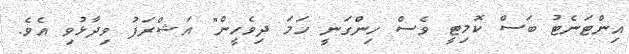
އިންޓަނެޓު ބަސް ކޮމިޓީ ވެސް ހިންގަނީ ހަމަ ދިވެހީން" އަޝްރަފު ވިދާޅުވި އެވެ.